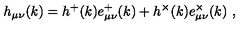
h _ { \mu \nu } ( k ) = h ^ { + } ( k ) e _ { \mu \nu } ^ { + } ( k ) + h ^ { \times } ( k ) e _ { \mu \nu } ^ { \times } ( k ) \ ,